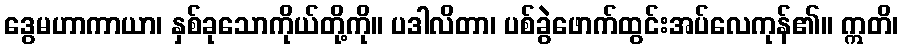
ဒွေမဟာကာယာ၊ နှစ်ခုသောကိုယ်တို့ကို။ ပဒါလိတာ၊ ပစ်ခွဲဖောက်ထွင်းအပ်လေကုန်၏။ ဣတိ၊